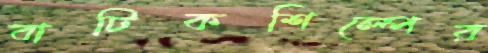
বাটিকশিল্পের